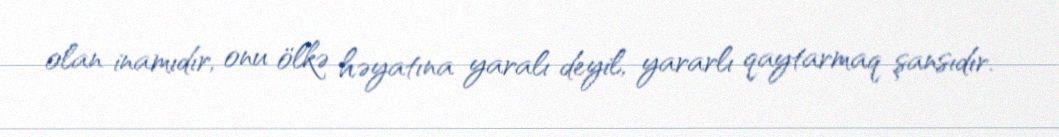
olan inamıdır, onu ölkə həyatına yaralı deyil, yararlı qaytarmaq şansıdır.